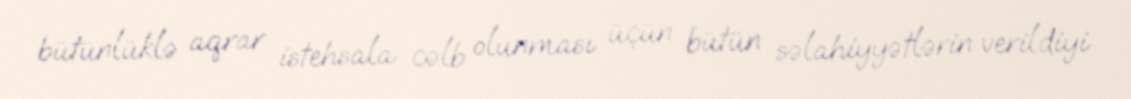
bütünlüklə aqrar istehsala cəlb olunması üçün bütün səlahiyyətlərin verildiyi